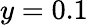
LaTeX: y=0.1